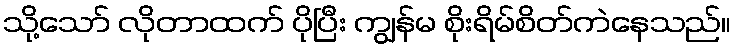
သို့သော် လိုတာထက် ပိုပြီး ကျွန်မ စိုးရိမ်စိတ်ကဲနေသည်။